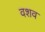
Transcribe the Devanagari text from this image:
वशव